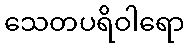
သေတပရိဝါရော